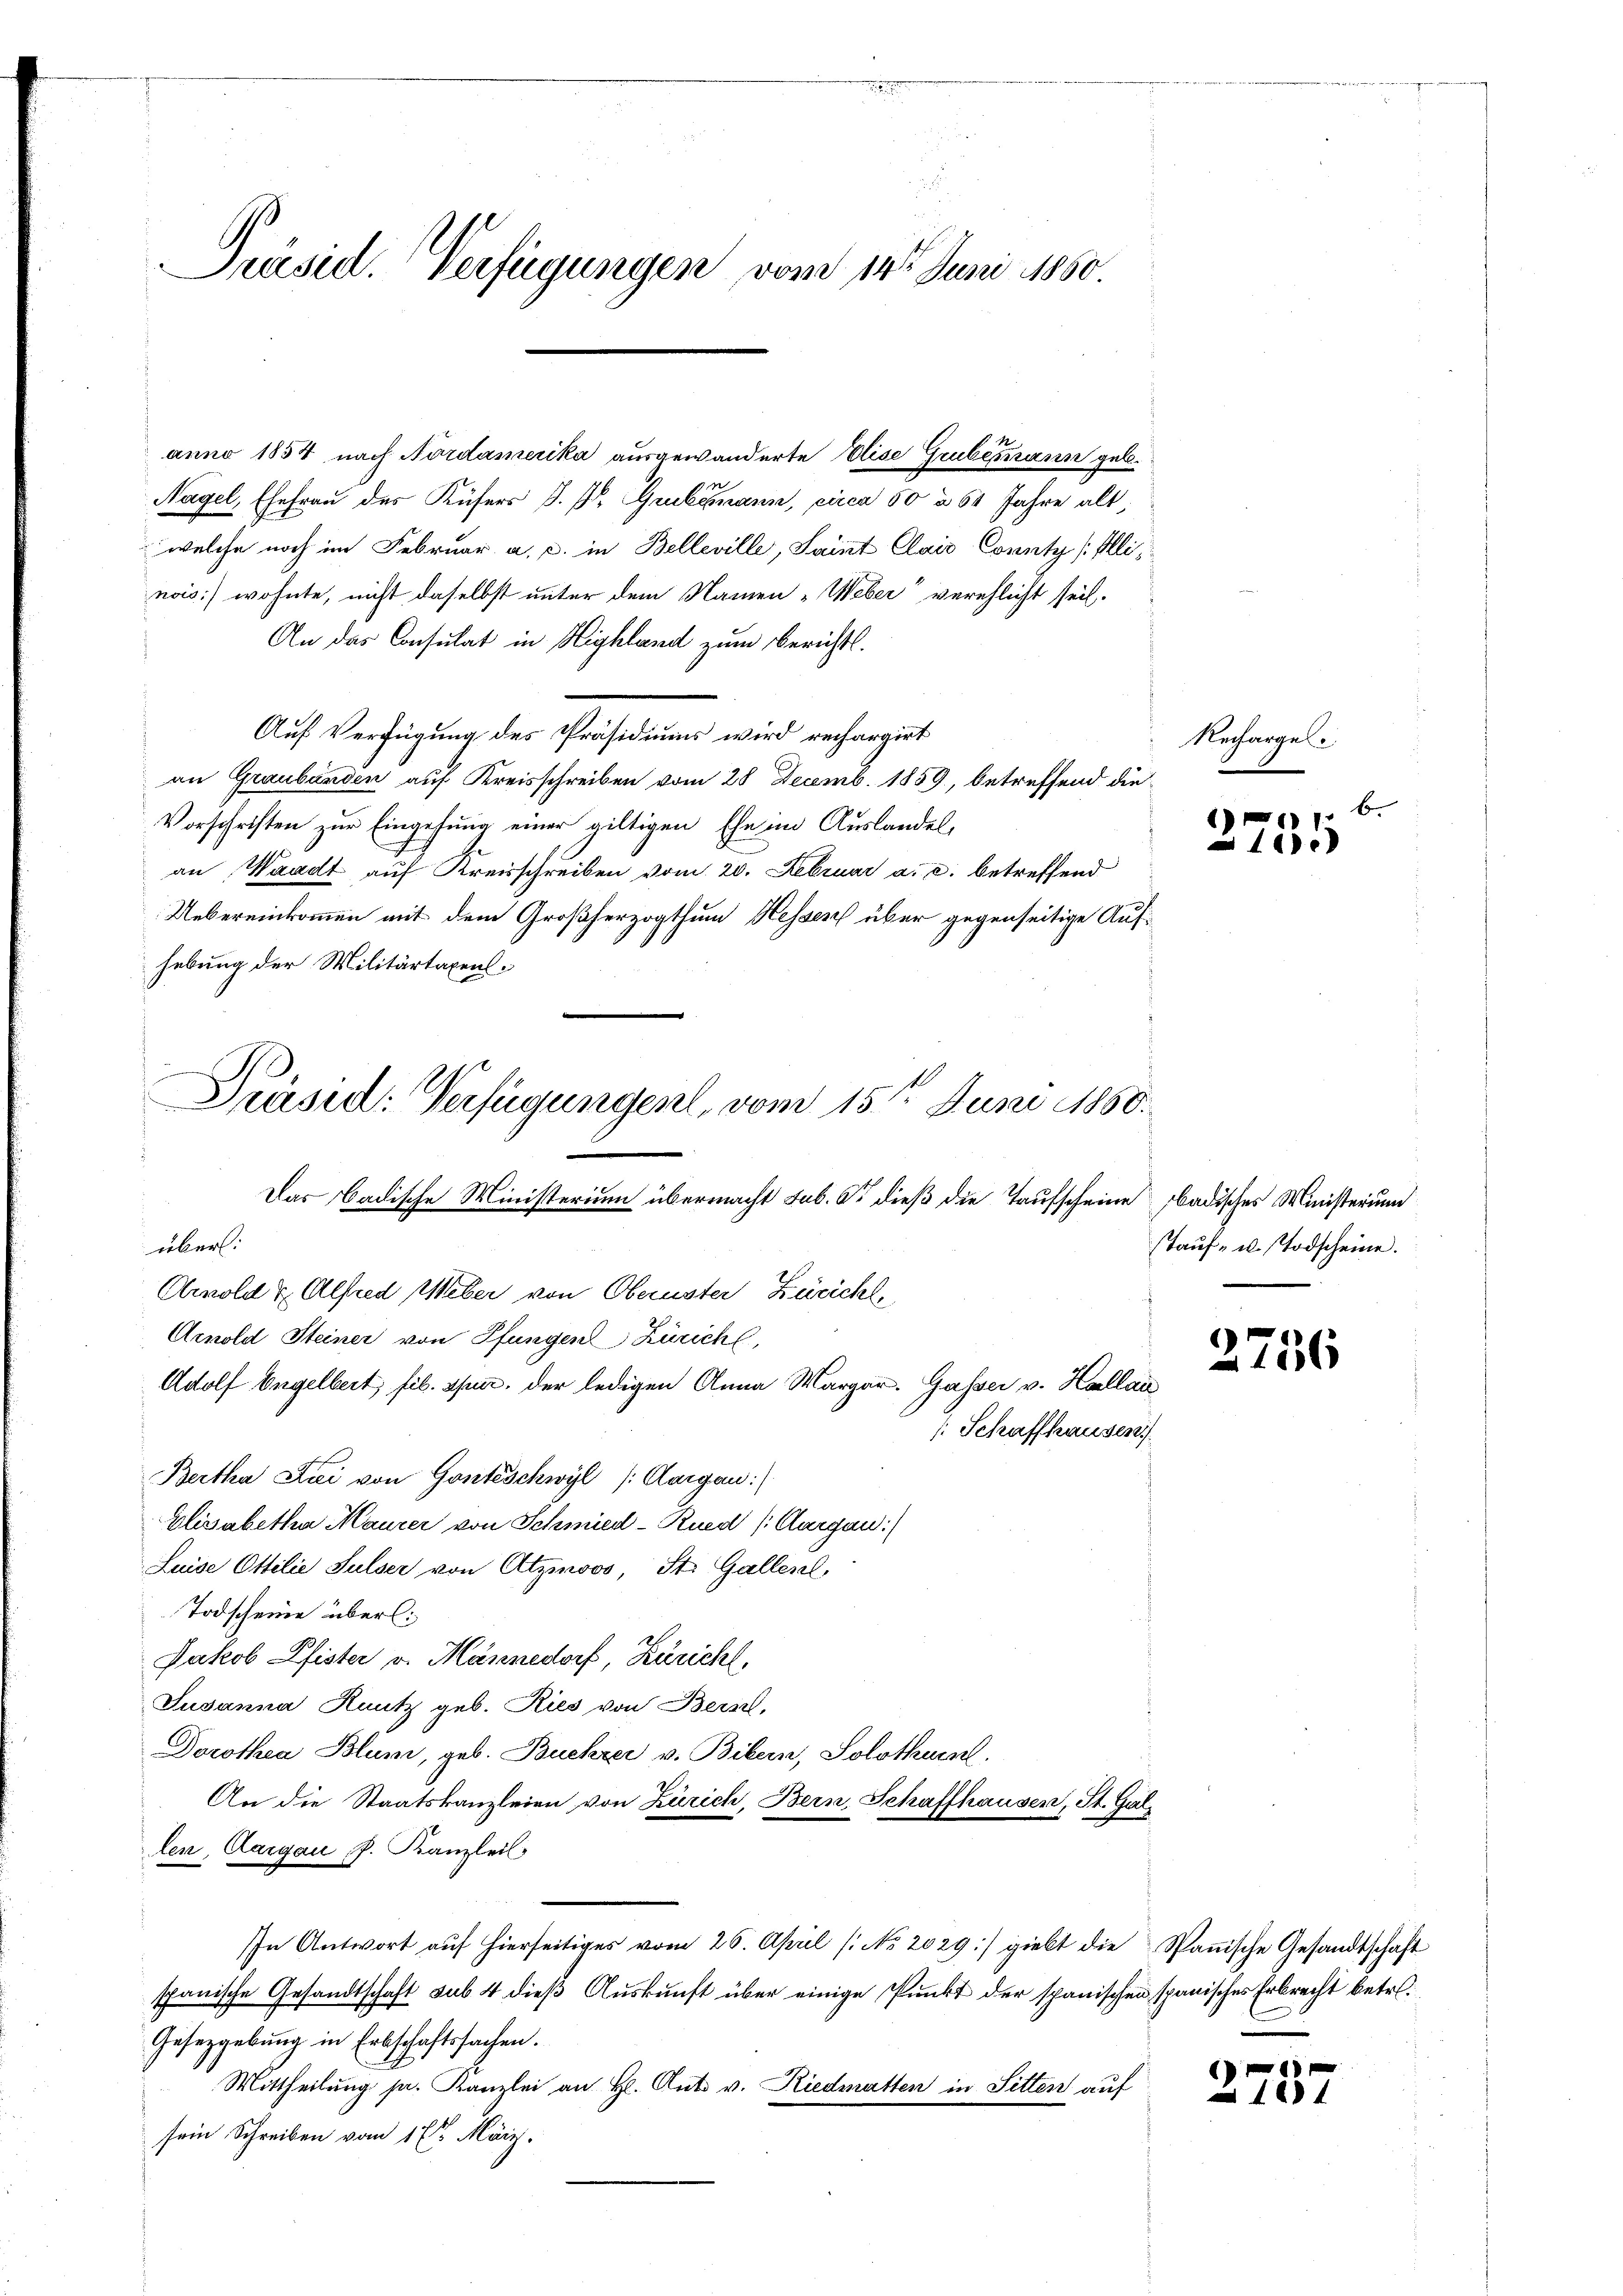
anno 1854 nach Nordamerika ausgewanderte Elise Grubemann geb.
Nagel, Ehefrau des Küfers J. J. Grubemann, circa 50 à 60 Jahre alt,
welche noch im Februar a. c. in Belleville, Saint Clais County (Illi,
nois) wohnte, nicht daselbst unter dem Namen „Weber“ verehlicht seil.
An das Consulat in Highland zum Berichts.
Auf Verfügung des Präsidiums wird rechargirt
an Graubünden auf Kreisschreiben vom 28 Decemb. 1859, betreffend die¬
Vorschriften zur Eingehung einer giltigen Ehe im Auslandel,
an Waadt auf Kreisschreiben vom 20. Februar a. c. betreffend
Uebereinkommen mit dem Großherzogthum Hessen über gegenseitige Aufhebung der Militärtaxensüber:
Arnold & Alfred Weber von Obernster Züricht,
Arnold Steiner von Pfungen Züricht,
Adolf Engelbert, fib. Spur. der ledigen Anna Margar. Gasser v. Hallai
[Schaffhausen
Bertha Lai von Gonteschwyl (Aargau
Elisabetha Maurer von Schmied-Rued (Aargau:
Luise Ottilie Sulser von Atzmoos, St. Gallerl,
Todscheine überl:
Jakob Pfister v. Männedorf, Züricht.
Susanna Kuntz geb. Ries von Bern,
Dorothea Blum, geb. Buchzer v. Bibern, Solothurn.
An die Staatskanzleien von Zürich, Bern, Schaffhausen, St. Gallen, Aargau, P. Kanzleil
In Antwort aŭf hierseitiges vom 26. April ( No. 2029) giebt die Spanische Gesandtschaft
spanische Gesandtschaft sub. 4 dieß Auskunft über einige Punkt der spanischen spanisches Erbrecht betr.
Gesetzgebung in Erbschaftssachen.
Mittheilung pr. Kanzlei an H. Ant. v. Riedmatten in Sitten auf
sein Schreiben vom 17ten März.

Präsiel. Verfügungen vom 14t Juni 1860.

n
Präsid: Verfügungen, vom 15ten Juni 1850.
Das Badische Ministerium übermacht sub. Er dieß die Taufscheine badisches Ministerium

Recharge.

b
11
 1000

Tauf- u. Todscheine.

2756

2737